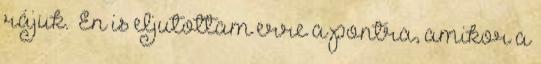
rájuk. „Én is eljutottam erre a pontra, amikor a